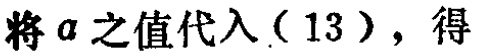
将\(a\)之值代入\((13)\)，得